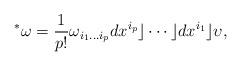
LaTeX: \begin{align*}{}^*\omega = {1\over p!}\omega_{i_1 \ldots i_p} dx^{i_p} \rfloor \cdots \rfloor dx^{i_1} \rfloor \upsilon,\end{align*}